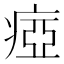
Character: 瘂